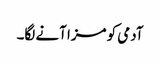
آدمی کو مزا آنے لگا۔